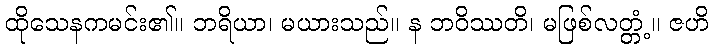
ထိုသေနကမင်း၏။ ဘရိယာ၊ မယားသည်။ န ဘဝိဿတိ၊ မဖြစ်လတ္တံ့။ ဇဟိ